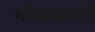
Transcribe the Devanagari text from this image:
भीमाकाली